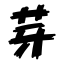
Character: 芽